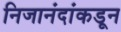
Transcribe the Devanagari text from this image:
निजानंदांकडून